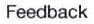
Feedback